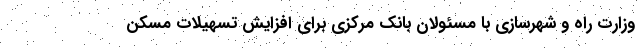
وزارت راه و شهرسازی با مسئولان بانک مرکزی برای افزایش تسهیلات مسکن